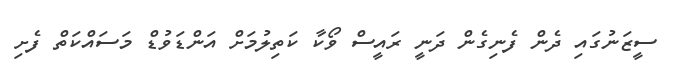
ސީޒަނުގައި ދެން ފެނިގެން ދަނީ ރައީސް ވޯކާ ކަތިލުމަށް އަންޑަވުޑް މަސައްކަތް ފެށި